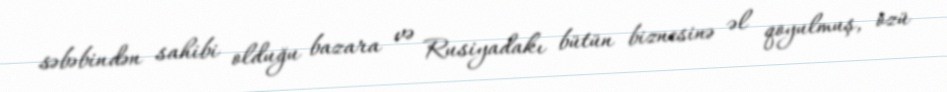
səbəbindən sahibi olduğu bazara və Rusiyadakı bütün biznesinə əl qoyulmuş, özü